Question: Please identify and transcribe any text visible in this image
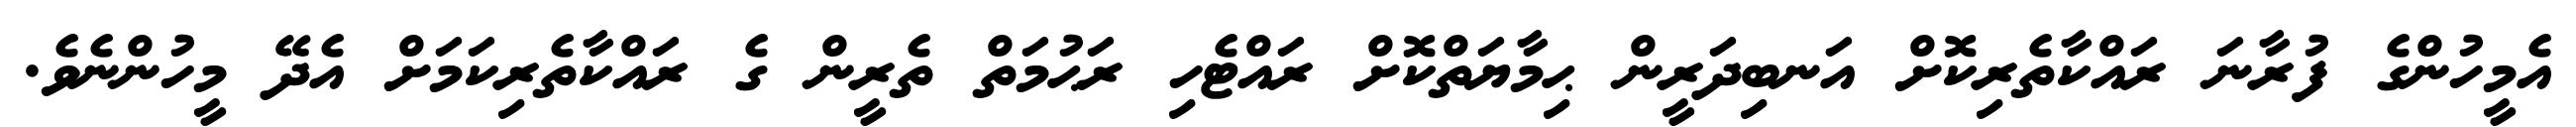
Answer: އެމީހުންގެ ފުރާނަ ރައްކާތެރިކޮށް އަނބިދަރީން ޙިމާޔަތްކޮށް ރައްޓެހި ރަޙުމަތް ތެރީން ގެ ރައްކާތެރިކަމަށް އެދޭ މީހުންނެވެ.